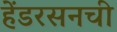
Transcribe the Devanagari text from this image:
हेंडरसनची